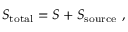
S _ { \mathrm { t o t a l } } = S + S _ { \mathrm { s o u r c e } } ~ ,